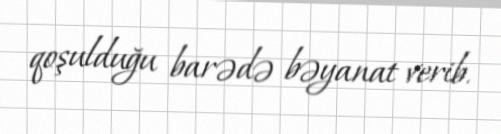
qoşulduğu barədə bəyanat verib.